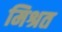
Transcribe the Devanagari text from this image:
मिश्रत